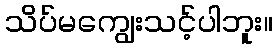
သိပ်မကျွေးသင့်ပါဘူး။